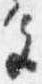
色